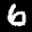
Label: 6